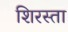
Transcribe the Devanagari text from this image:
शिरस्ता